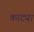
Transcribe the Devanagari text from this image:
काट्या